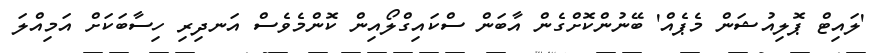
'ލައިޓް ޕޮލިއުޝަން މެޕެއް' ބޭނުންކޮށްގެން އާބަން ސްކައިގްލޯއިން ކޮންމެވެސް އަނދިރި ހިސާބަކަށް އަމިއްލަ